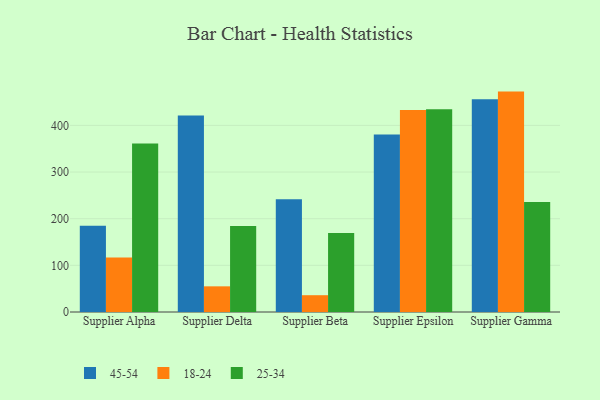
{"axis": {"x": "Supplier", "y": "LTV (USD)"}, "legend": ["18-24", "25-34", "45-54"], "data": [{"x": "Supplier Alpha", "y": 184.6, "type": "45-54"}, {"x": "Supplier Alpha", "y": 116.6, "type": "18-24"}, {"x": "Supplier Alpha", "y": 361.3, "type": "25-34"}, {"x": "Supplier Delta", "y": 421.3, "type": "45-54"}, {"x": "Supplier Delta", "y": 55.0, "type": "18-24"}, {"x": "Supplier Delta", "y": 184.3, "type": "25-34"}, {"x": "Supplier Beta", "y": 241.8, "type": "45-54"}, {"x": "Supplier Beta", "y": 36.0, "type": "18-24"}, {"x": "Supplier Beta", "y": 169.3, "type": "25-34"}, {"x": "Supplier Epsilon", "y": 380.4, "type": "45-54"}, {"x": "Supplier Epsilon", "y": 433.0, "type": "18-24"}, {"x": "Supplier Epsilon", "y": 434.5, "type": "25-34"}, {"x": "Supplier Gamma", "y": 456.0, "type": "45-54"}, {"x": "Supplier Gamma", "y": 472.4, "type": "18-24"}, {"x": "Supplier Gamma", "y": 235.8, "type": "25-34"}]}